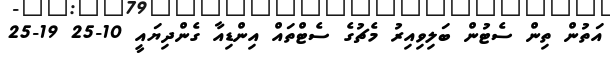
އަތުން ތިން ސެޓުން ބަލިވިއިރު މެޗުގެ ސެޓްތައް އިންޑިއާ ގެންދިޔައީ 10-25 19-25